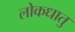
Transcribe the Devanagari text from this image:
लोकधातु